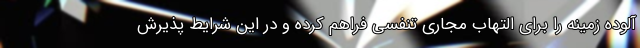
آلوده زمینه را برای التهاب مجاری تنفسی فراهم کرده و در این شرایط پذیرش